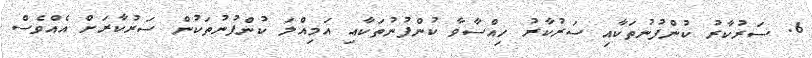
6. ސަރުކާރު ކުންފުނުތަކާއި ސަރުކާރު ހިއްސާވާ ކުންފުނުތަކާއި އަމިއްލަ ކުންފުނުތަކުން ސަރުކާރަށް އެއްވެސް